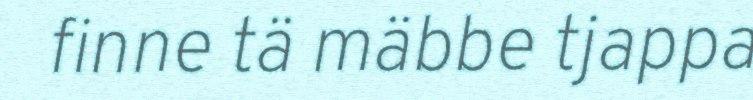
finne tä mäbbe tjappa